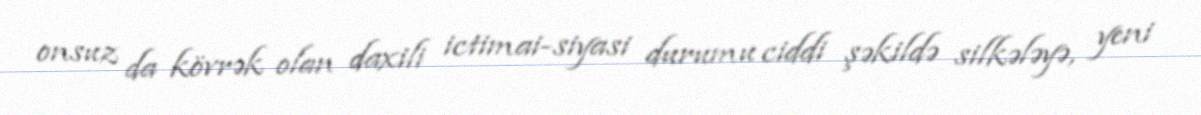
onsuz da kövrək olan daxili ictimai-siyasi durumu ciddi şəkildə silkələyə, yeni